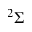
^ 2 \Sigma